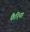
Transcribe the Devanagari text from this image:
फैरिना